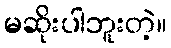
မဆိုးပါဘူးတဲ့။